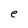
Character: e